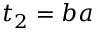
t _ { 2 } = b a